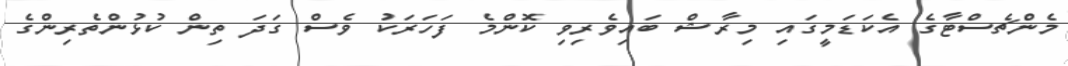
މެންޗެސްޓާގެ އެކަޑަމީގައި މިރާޝް ބައިވެރިވި ކޮންމެ ފަހަރަކު ވެސް ގަދަ ތިން ކުޅުންތެރިންގެ